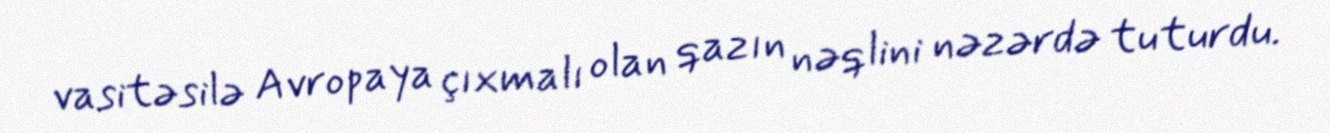
vasitəsilə Avropaya çıxmalı olan qazın nəqlini nəzərdə tuturdu.